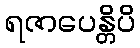
ရဇာပေန္တိပိ